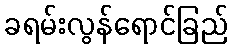
ခရမ်းလွန်ရောင်ခြည်